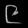
Digit: ၉